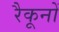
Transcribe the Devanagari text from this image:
रैकूनों